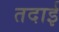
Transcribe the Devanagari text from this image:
तदाई